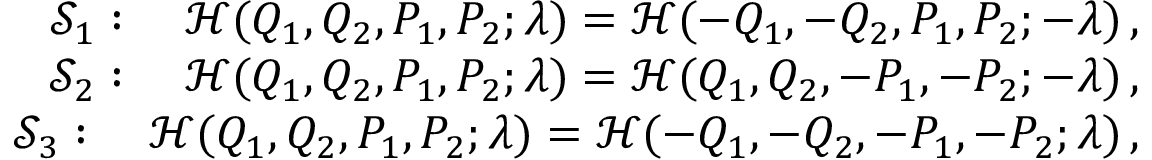
\begin{array} { r } { { \mathcal { S } } _ { 1 } : \quad { \mathcal { H } } ( Q _ { 1 } , Q _ { 2 } , P _ { 1 } , P _ { 2 } ; \lambda ) = { \mathcal { H } } ( - Q _ { 1 } , - Q _ { 2 } , P _ { 1 } , P _ { 2 } ; - \lambda ) \, , } \\ { { \mathcal { S } } _ { 2 } : \quad { \mathcal { H } } ( Q _ { 1 } , Q _ { 2 } , P _ { 1 } , P _ { 2 } ; \lambda ) = { \mathcal { H } } ( Q _ { 1 } , Q _ { 2 } , - P _ { 1 } , - P _ { 2 } ; - \lambda ) \, , } \\ { { \mathcal { S } } _ { 3 } : \quad { \mathcal { H } } ( Q _ { 1 } , Q _ { 2 } , P _ { 1 } , P _ { 2 } ; \lambda ) = { \mathcal { H } } ( - Q _ { 1 } , - Q _ { 2 } , - P _ { 1 } , - P _ { 2 } ; \lambda ) \, , } \end{array}